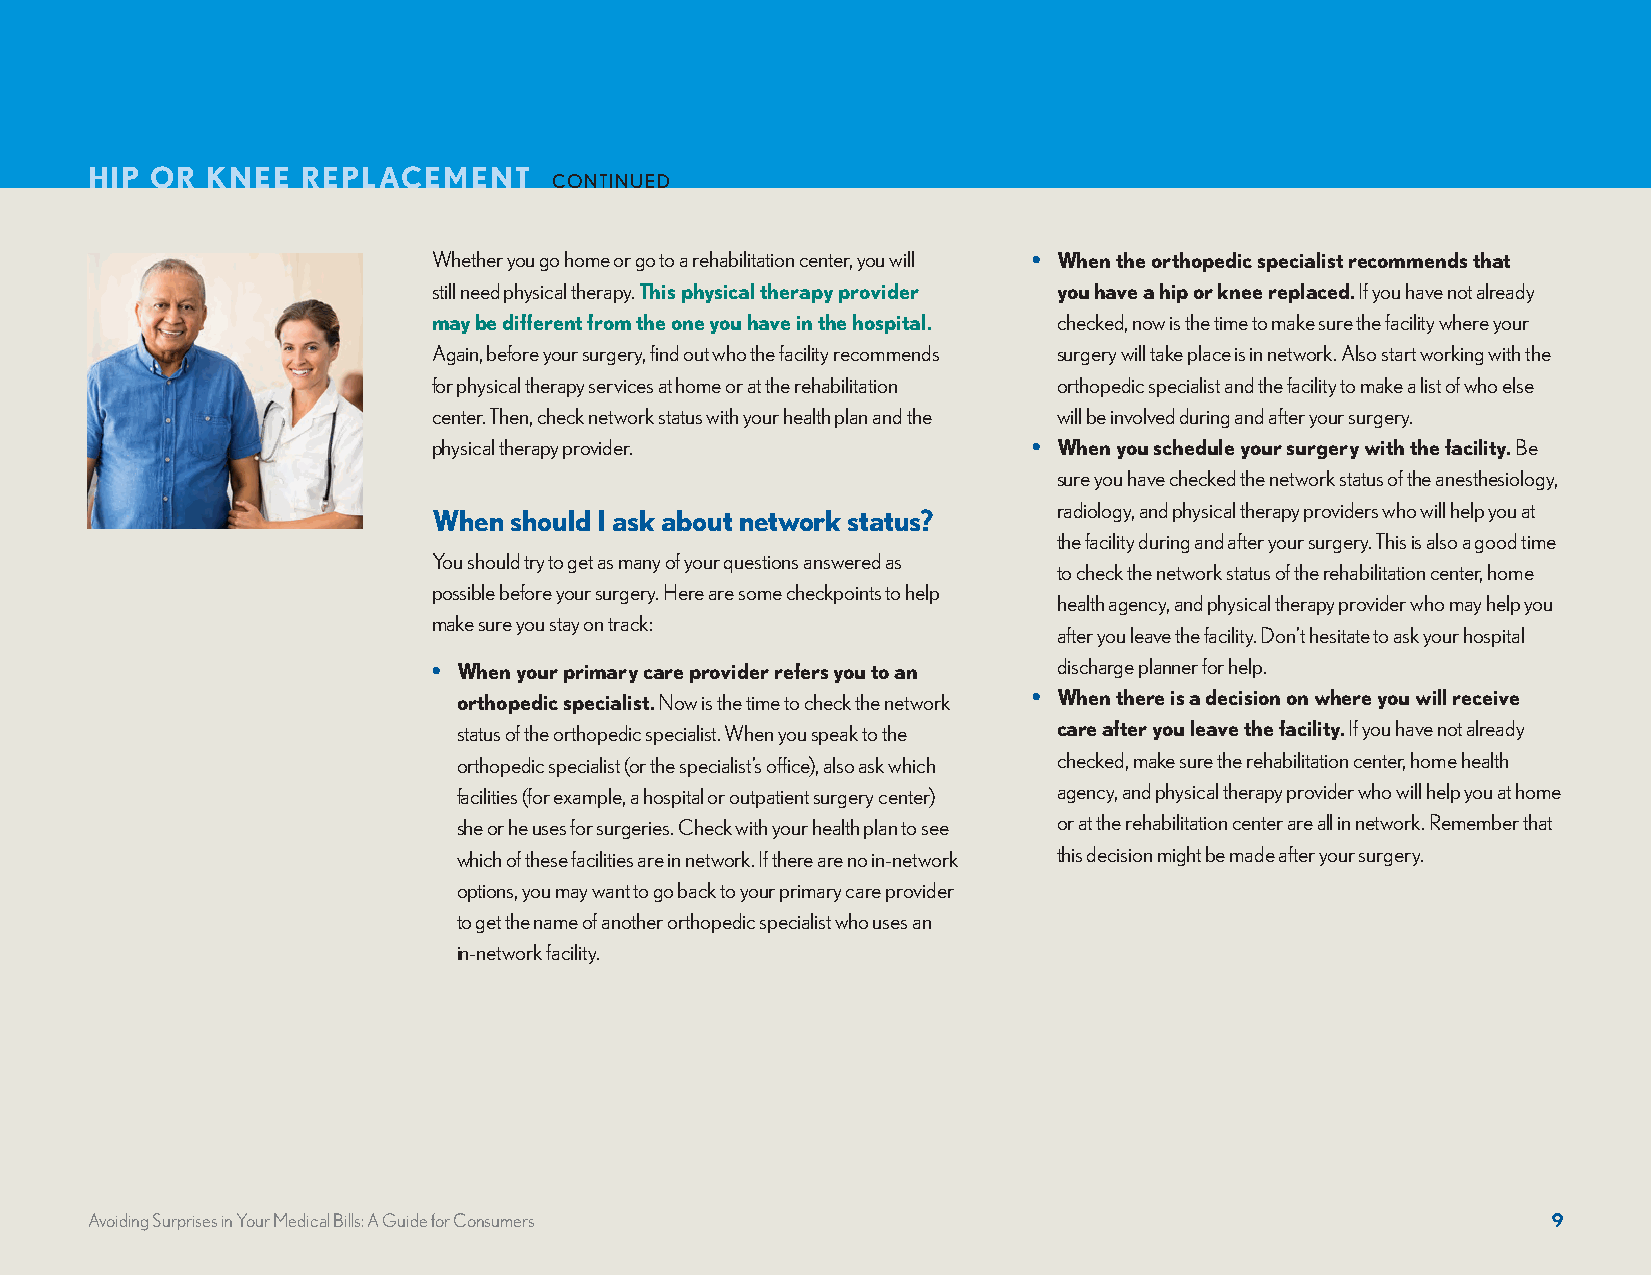
HIP OR  KNEE  REPLACEMENT
 CONTINUED
 Whether you go home or go to a rehabilitation center, you will • When the orthopedic specialist recommends that
 still need physical therapy. This physical therapy provider you have a hip or knee replaced. If you have not already
 may be different from the one you have in the hospital. checked, now is the time to make sure the facility where your
 Again, before your surgery, find out who the facility recommends surgery will take place is in network. Also start working with the
 for physical therapy services at home or at the rehabilitation orthopedic specialist and the facility to make a list of who else
 center. Then, check network status with your health plan and the will be involved during and after your surgery.
 physical therapy provider.             • When you schedule your surgery with the facility. Be
 sure you have checked the network status of the anesthesiology,
 radiology, and physical therapy providers who will help you at
 When should I ask about network status?
 the facility during and after your surgery. This is also a good time
 You should try to get as many of your questions answered as
 to check the network status of the rehabilitation center, home
 possible before your surgery. Here are some checkpoints to help
 health agency, and physical therapy provider who may help you
 make sure you stay on track:
 after you leave the facility. Don’t hesitate to ask your hospital
 • When your primary care provider refers you to an discharge planner for help.
 orthopedic specialist. Now is the time to check the network • When there is a decision on where you will receive
 status of the orthopedic specialist. When you speak to the care after you leave the facility. If you have not already
 orthopedic specialist (or the specialist’s office), also ask which checked, make sure the rehabilitation center, home health
 facilities (for example, a hospital or outpatient surgery center) agency, and physical therapy provider who will help you at home
 she or he uses for surgeries. Check with your health plan to see or at the rehabilitation center are all in network. Remember that
 which of these facilities are in network. If there are no in-network this decision might be made after your surgery.
 options, you may want to go back to your primary care provider
 to get the name of another orthopedic specialist who uses an
 in-network facility.
 Avoiding Surprises in Your Medical Bills: A Guide for Consumers                                  9